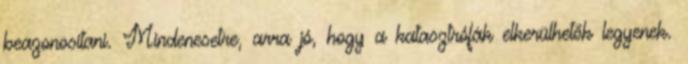
beazonosítani. Mindenesetre, arra jó, hogy a katasztrófák elkerülhetők legyenek.